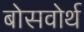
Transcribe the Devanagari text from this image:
बोसवोर्थ